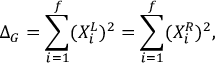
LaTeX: \Delta _ { G } = \sum _ { i = 1 } ^ { f } ( X _ { i } ^ { L } ) ^ { 2 } = \sum _ { i = 1 } ^ { f } ( X _ { i } ^ { R } ) ^ { 2 } ,